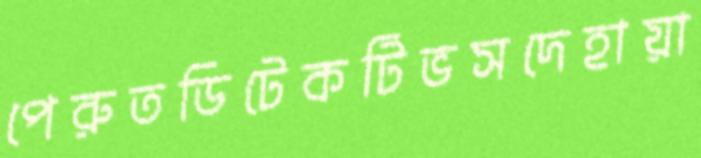
পেরুতডিটেকটিভসদেহায়া